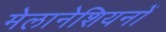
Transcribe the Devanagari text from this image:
मेलानेशियनों